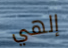
إلهي